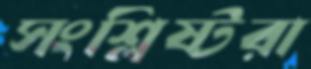
সংশ্লিষ্টরা